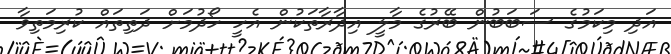
އަދި މިކަމުގެ ސަބަބުން ބޭރުގެ މާލީ އިދާރާތަކުން އެހީ ހޯދުމަށް ދަތިތައް ކުރިމަތިވާ